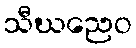
သီဃညေဝ